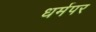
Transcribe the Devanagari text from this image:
धर्मपर